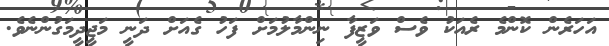
އަހަރެން ކޮންމެ ރެއަކު ވެސް ވަޒީފާ ނިންމާލުމަށް ފަހު ގެއަށް ދަނީ މަޖީދީމަގުންނެވެ.